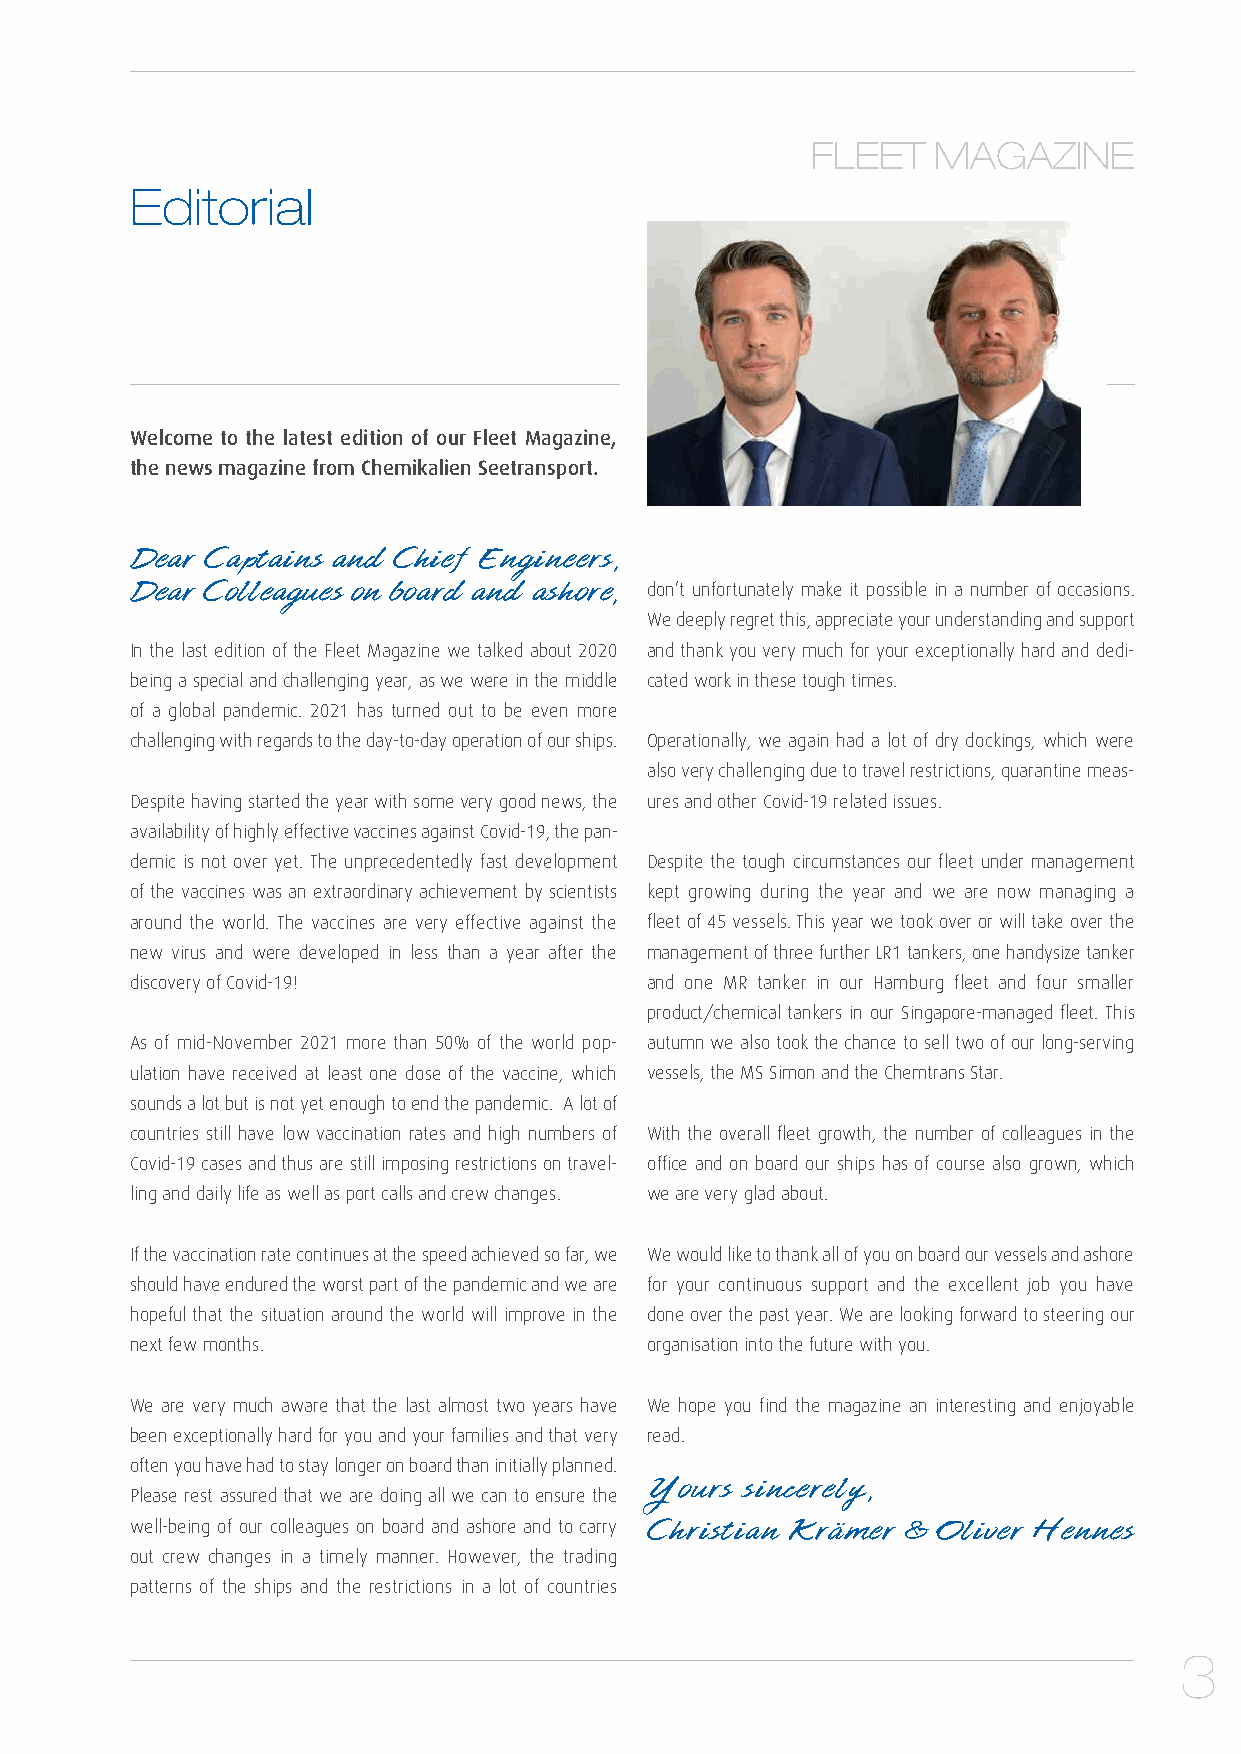
FLEET   MAGAZINE
 Editorial
 Welcome to the latest edition of our Fleet Magazine,
 the news magazine from Chemikalien Seetransport.
 Dear Captains and Chief Engineers,
 Dear Colleagues on board and ashore, don’t unfortunately make it possible in a number of occasions.
 We deeply regret this, appreciate your understanding and support
 In the last edition of the Fleet Magazine we talked about 2020 and thank you very much for your exceptionally hard and dedi-
 being a special and challenging year, as we were in the middle cated work in these tough times.
 of a global pandemic. 2021 has turned out to be even more
 challenging with regards to the day-to-day operation of our ships. Operationally, we again had a lot of dry dockings, which were
 also very challenging due to travel restrictions, quarantine meas-
 Despite having started the year with some very good news, the ures and other Covid-19 related issues.
 availability of highly effective vaccines against Covid-19, the pan-
 demic is not over yet. The unprecedentedly fast development Despite the tough circumstances our fleet under management
 of the vaccines was an extraordinary achievement by scientists kept growing during the year and we are now managing a
 around the world. The vaccines are very effective against the fleet of 45 vessels. This year we took over or will take over the
 new virus and were developed in less than a year after the management of three further LR1 tankers, one handysize tanker
 discovery of Covid-19!            and one MR tanker in our Hamburg fleet and four smaller
 product/chemical tankers in our Singapore-managed fleet. This
 As of mid-November 2021 more than 50% of the world pop- autumn we also took the chance to sell two of our long-serving
 ulation have received at least one dose of the vaccine, which vessels, the MS Simon and the Chemtrans Star.
 sounds a lot but is not yet enough to end the pandemic. A lot of
 countries still have low vaccination rates and high numbers of With the overall fleet growth, the number of colleagues in the
 Covid-19 cases and thus are still imposing restrictions on travel- office and on board our ships has of course also grown, which
 ling and daily life as well as port calls and crew changes. we are very glad about.
 If the vaccination rate continues at the speed achieved so far, we We would like to thank all of you on board our vessels and ashore
 should have endured the worst part of the pandemic and we are for your continuous support and the excellent job you have
 hopeful that the situation around the world will improve in the done over the past year. We are looking forward to steering our
 next few months.                  organisation into the future with you.
 We are very much aware that the last almost two years have We hope you find the magazine an interesting and enjoyable
 been exceptionally hard for you and your families and that very read.
 often you have had to stay longer on board than initially planned.
 Yours sincerely,
 Please rest assured that we are doing all we can to ensure the
 well-being of our colleagues on board and ashore and to carry Christian Krämer & Oliver Hennes
 out crew changes in a timely manner. However, the trading
 patterns of the ships and the restrictions in a lot of countries
 3